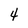
Character: 4